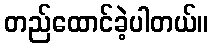
တည်ထောင်ခဲ့ပါတယ်။